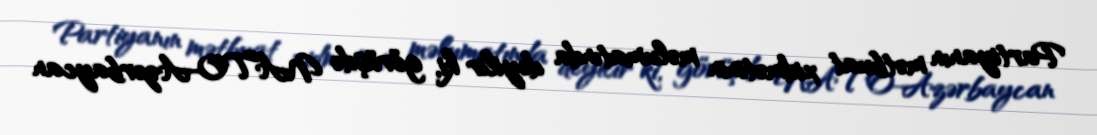
Partiyanın mətbuat xidmətinin məlumatında deyilir ki, görüşdə NATO-Azərbaycan